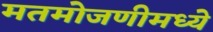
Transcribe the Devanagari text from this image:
मतमोजणीमध्ये